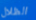
الظلال